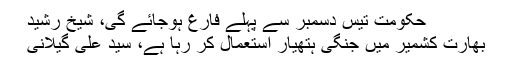
حکومت تیس دسمبر سے پہلے فارغ ہوجائے گی، شیخ رشید
بھارت کشمیر میں جنگی ہتھیار استعمال کر رہا ہے، سید علی گیلانی